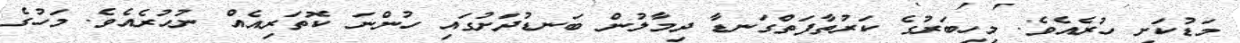
މަޑުކަށި ހުރެއެވެ. މިހިބަރުގެ ކަރުތާފަތްގަނޑާ ދިމާލުން ބަނޑުދަށުގައި ހުންނަ ކޮތަރިއެއް ނުހުރެއެވެ. މަހުގެ